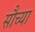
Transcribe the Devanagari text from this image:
सौच्या